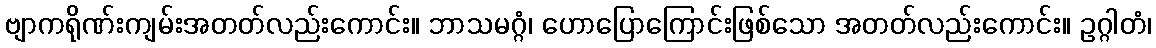
ဗျာကရိုဏ်းကျမ်းအတတ်လည်းကောင်း။ ဘာသမဂ္ဂံ၊ ဟောပြောကြောင်းဖြစ်သော အတတ်လည်းကောင်း။ ဥဂ္ဂါတံ၊